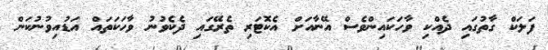
ފަލަކް ގާތުގައި ދެއްކި ވާހަކައިންވެސް އޭނާއަށް އެކޮޓަރި ތެރޭގައި ދެކެވުނު ވާހަކަތައް އަޑުއިވުނުކަން